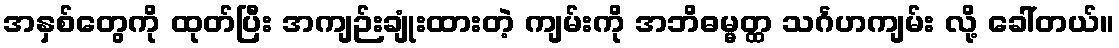
အနှစ်တွေကို ထုတ်ပြီး အကျဉ်းချုံးထားတဲ့ ကျမ်းကို အဘိဓမ္မတ္ထ သင်္ဂဟကျမ်း လို့ ခေါ်တယ်။